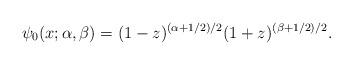
LaTeX: \begin{gather*} \psi _{0}( x;\alpha ,\beta ) =( 1-z) ^{( \alpha +1/2) /2}(1+z) ^{( \beta +1/2) /2}.\end{gather*}